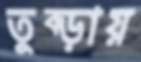
তুব্‌ড়ায়